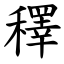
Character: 䆁